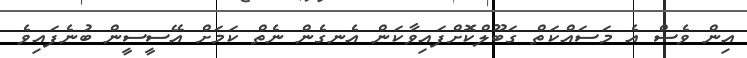
އިން ވެސް އެ މަސައްކަތް ގަބޫލްކޮށްފައިވާކަން އެނގެން ނެތް ކަމަށް އޭސީސީން ބުނެފައިވެ